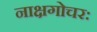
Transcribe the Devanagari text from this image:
नाक्षगोचरः